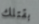
بقتلك